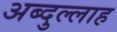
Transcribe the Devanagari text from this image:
अब्‍दुल्‍लाह